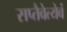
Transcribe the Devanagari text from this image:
सप्तैवेत्येवं